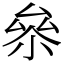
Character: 㕘